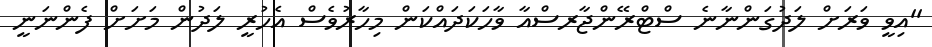
''އިވީ ވަރަށް ލަދުގަންނާނެ ސްޓްރޭންޖާރސްއާ ވާހަކަދައްކަން މިހާރުވެސް އެހުރީ ލަދުން މަށަށް ފެންނަނީ